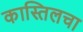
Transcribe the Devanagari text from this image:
कास्तिलचा